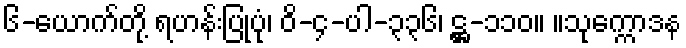
၆-ယောက်တို့ ရဟန်းပြုပုံ၊ ဝိ-၄-ပါ-၃၃၆၊ ဋ္ဌ-၁၁၀။ ။သုက္ကောဒန